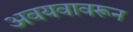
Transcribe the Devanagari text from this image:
अवयवावरून